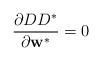
LaTeX: \begin{align*}\frac{\partial DD^* }{\partial \textbf{w}^*} = 0\end{align*}